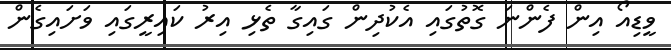
ވީޑިއޯ އިން ފެންނަ ގޮތުގައި އެކުދިން ގައިގާ ތެޅި އިރު ކައިރީގައި ވަށައިގެން